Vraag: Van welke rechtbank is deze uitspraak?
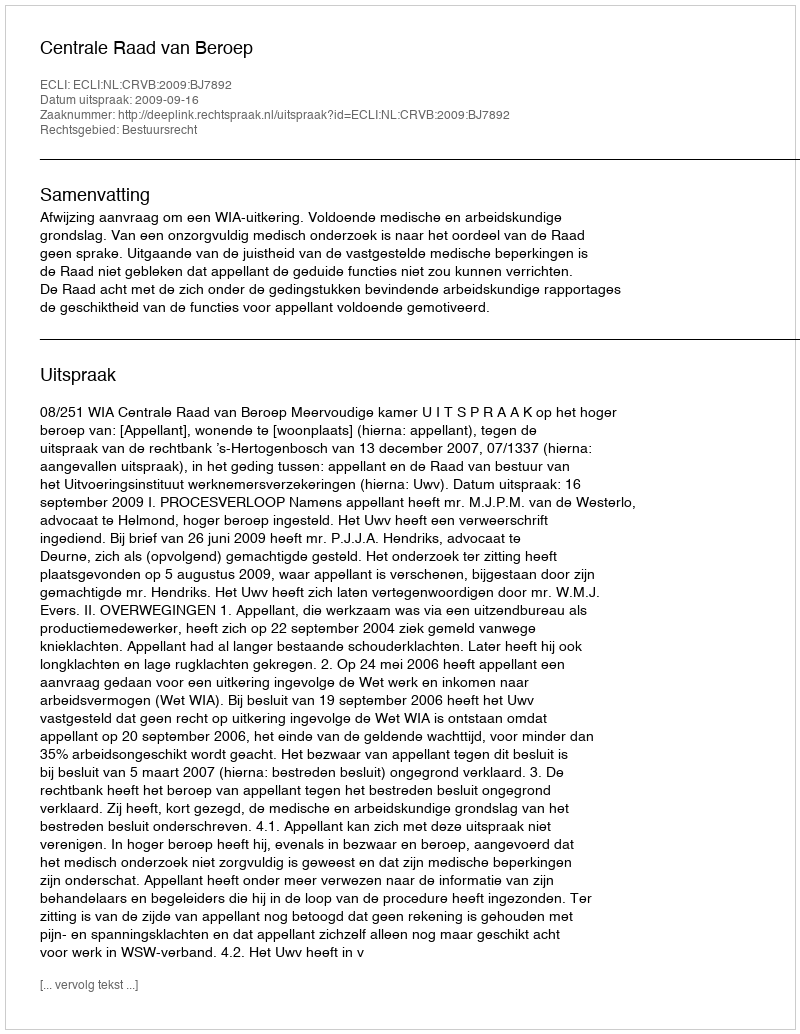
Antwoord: Centrale Raad van Beroep